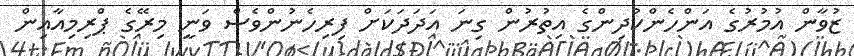
ޒުވާން އުމުރުގެ އަންހެންކުދިންގެ އިތުރުން ގިނަ އަދަދަކަށް ފިރިހެނުންވެސް ވަނީ މިރޭގެ ޕްރިމިއާއިން